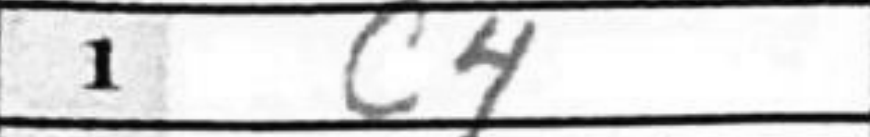
Transcription: c4